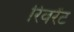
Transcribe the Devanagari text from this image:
रिवरेंट